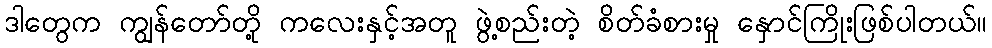
ဒါတွေက ကျွန်တော်တို့ ကလေးနှင့်အတူ ဖွဲ့စည်းတဲ့ စိတ်ခံစားမှု နှောင်ကြိုးဖြစ်ပါတယ်။